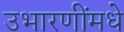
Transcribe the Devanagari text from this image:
उभारणींमधे